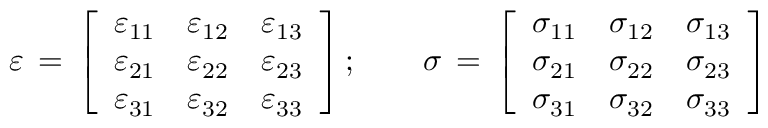
{ \boldsymbol { \varepsilon } } \, = \, { \left[ \begin{array} { l l l } { \varepsilon _ { 1 1 } } & { \varepsilon _ { 1 2 } } & { \varepsilon _ { 1 3 } } \\ { \varepsilon _ { 2 1 } } & { \varepsilon _ { 2 2 } } & { \varepsilon _ { 2 3 } } \\ { \varepsilon _ { 3 1 } } & { \varepsilon _ { 3 2 } } & { \varepsilon _ { 3 3 } } \end{array} \right] } \, ; \qquad { \boldsymbol { \sigma } } \, = \, { \left[ \begin{array} { l l l } { \sigma _ { 1 1 } } & { \sigma _ { 1 2 } } & { \sigma _ { 1 3 } } \\ { \sigma _ { 2 1 } } & { \sigma _ { 2 2 } } & { \sigma _ { 2 3 } } \\ { \sigma _ { 3 1 } } & { \sigma _ { 3 2 } } & { \sigma _ { 3 3 } } \end{array} \right] }